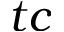
t c